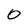
Character: 0